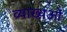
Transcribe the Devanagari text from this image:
व्याख्यओं